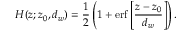
H ( z ; z _ { 0 } , d _ { w } ) = \frac { 1 } { 2 } \left( 1 + \mathrm { e r f } \left[ \frac { z - z _ { 0 } } { d _ { w } } \right] \right) .